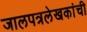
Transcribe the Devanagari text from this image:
जालपत्रलेखकांची